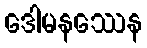
ဒေါမနဿေန